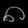
Digit: ၈